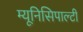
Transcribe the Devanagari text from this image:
म्यूनिसिपाल्टी